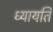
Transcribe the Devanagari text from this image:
ध्यायति